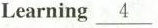
Learning \underline{4}